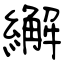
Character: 繲